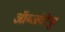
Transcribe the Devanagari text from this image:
ऑब्जवेटेयुर